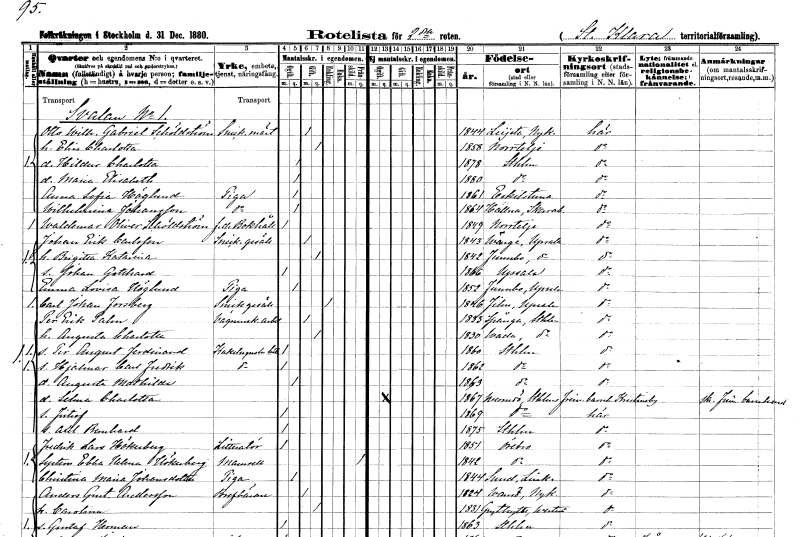
gt_parse: households: individuals: FN: Otto Wilhelm Gabriel
EN: Schöldström
YRKE: Snickaremästare
KON: M
CIV: G
FODAR: 1844
FODFORS: Lista Södermanlands län
FN: Elin Charlotta
KON: K
CIV: G
FODAR: 1858
FODFORS: Norrtälje Stockholms län
FN: Hildur Charlotta
KON: K
CIV: O
FODAR: 1878
FODFORS: Stockholm
FN: Maria Elisabeth
KON: K
CIV: O
FODAR: 1880
FODFORS: Stockholm
FN: Anna Sofia
EN: Höglund
YRKE: Piga
KON: K
CIV: O
FODAR: 1861
FODFORS: Eskilstuna Södermanlands län
FN: Wilhelmina
EN: Johansson
YRKE: Piga
KON: K
CIV: O
FODAR: 1864
FODFORS: Halna Skaraborgs län
FN: Waldemar Oliver
EN: Schöldström
YRKE: Bokhållare f.d.
KON: M
CIV: O
FODAR: 1849
FODFORS: Norrtälje Stockholms län
FN: Johan Erik
EN: Carlsson
YRKE: Snickaregesäll
KON: M
CIV: G
FODAR: 1843
FODFORS: Vänge Uppsala län
FN: Brigitta Katarina
KON: K
CIV: G
FODAR: 1842
FODFORS: Funbo Uppsala län
FN: Johan Gotthard
KON: M
CIV: O
FODAR: 1866
FODFORS: Uppsala Uppsala län
FN: Emma Lovisa
EN: Höglund
YRKE: Piga
KON: K
CIV: O
FODAR: 1852
FODFORS: Funbo Uppsala län
FN: Carl Johan
EN: Forsberg
YRKE: Snickaregesäll
KON: M
CIV: E
FODAR: 1846
FODFORS: Film Uppsala län
FN: Per Erik
EN: Palm
YRKE: Vagnmakeriarbetare
KON: M
CIV: G
FODAR: 1833
FODFORS: Spånga Stockholms län
FN: Augusta Charlotta
KON: K
CIV: G
FODAR: 1830
FODFORS: Vada Stockholms län
FN: Per August Ferdinand
YRKE: Kakelugnsmakarebiträde
KON: M
CIV: O
FODAR: 1860
FODFORS: Stockholm
FN: Hjalmar Carl Fredrik
YRKE: Kakelugnsmakarebiträde
KON: M
CIV: O
FODAR: 1862
FODFORS: Stockholm
FN: Augusta Mathilda
KON: K
CIV: O
FODAR: 1863
FODFORS: Stockholm
FN: Selma Charlotta
KON: K
CIV: O
FODAR: 1867
FODFORS: Värmdö Stockholms län
FN: Fritiof
KON: M
CIV: O
FODAR: 1869
FODFORS: Värmdö Stockholms län
FN: Axel Bernhard
KON: M
CIV: O
FODAR: 1875
FODFORS: Stockholm
FN: Fredrik Lars
EN: Hökerberg
YRKE: Litteratör
KON: M
CIV: O
FODAR: 1851
FODFORS: Örebro Örebro län
FN: Ebba Helena
EN: Hökerberg
KON: K
CIV: X
FODAR: 1842
FODFORS: Örebro Örebro län
FN: Christina Maria
EN: Johansdotter
YRKE: Piga
KON: K
CIV: O
FODAR: 1844
FODFORS: Sund Östergötlands län